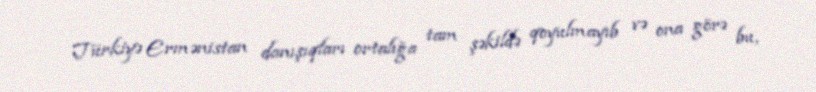
Türkiyə Ermənistan danışıqları ortalığa tam şəkildə qoyulmayıb və ona görə bu,